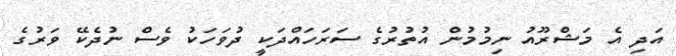
އަދި އެ މަޝްރޫއު ނިމުމުން އުތުރުގެ ސަރަހައްދަކީ ދުވަހަކު ވެސް ނުދެކޭ ވަރުގެ